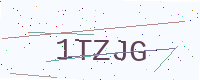
Text: 1TZJG